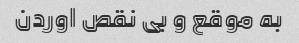
به موقع و بی نقص اوردن